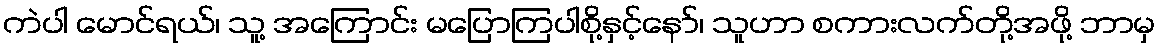
ကဲပါ မောင်ရယ်၊ သူ့ အကြောင်း မပြောကြပါစို့နှင့်နော်၊ သူဟာ စကားလက်တို့အဖို့ ဘာမှ